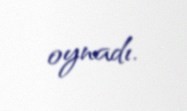
oynadı.